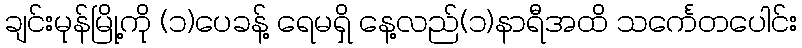
ချင်းမုန်မြို့ကို (၁)ပေခန့် ရေမရှိ နေ့လည်(၁)နာရီအထိ သင်္ကေတပေါင်း